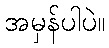
အမှန်ပါပဲ။